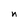
Character: n